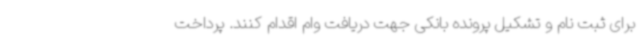
برای ثبت نام و تشکیل پرونده بانکی جهت دریافت وام اقدام کنند. پرداخت